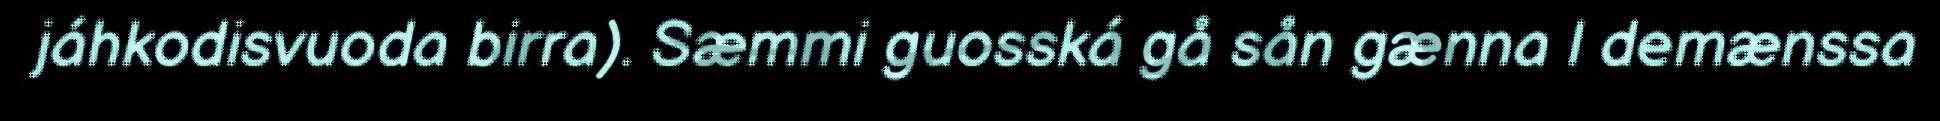
jáhkodisvuoda birra). Sæmmi guosská gå sån gænna l demænssa